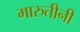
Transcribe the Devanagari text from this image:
मारुतीनी